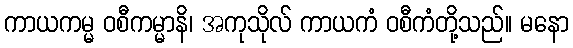
ကာယကမ္မ ဝစီကမ္မာနိ၊ အကုသိုလ် ကာယကံ ဝစီကံတို့သည်။ မနော